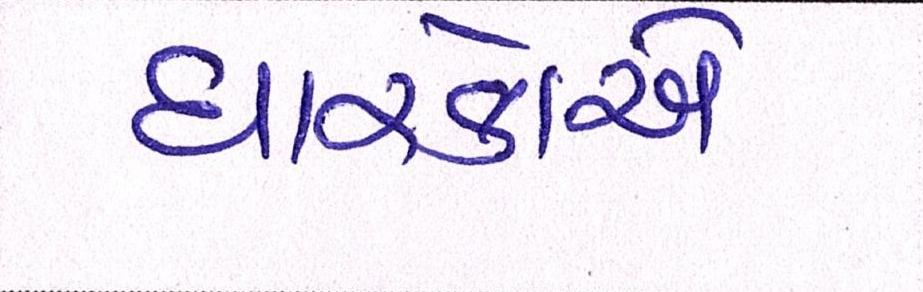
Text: ધારકોએ